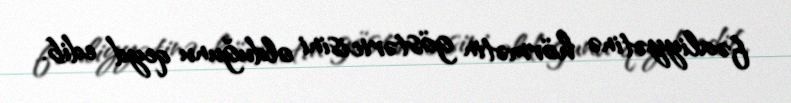
fəaliyyətinə hörmətin göstəricisini olduğunu qeyd edib.